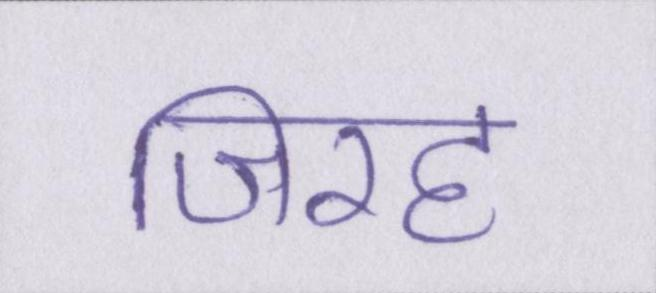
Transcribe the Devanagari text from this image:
जिरह